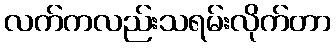
လက်ကလည်းသရမ်းလိုက်တာ